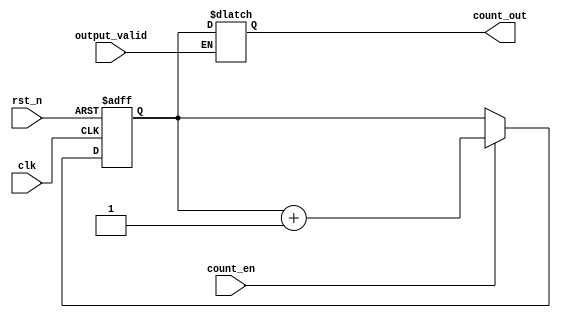
module synchronous_counter #(
    parameter N = 4  // Parameter to define the width of the counter (e.g., 4-bit, 8-bit)
) (
    input wire clk,                // Clock signal
    input wire rst_n,             // Asynchronous active-low reset signal
    input wire count_en,          // Count enable signal
    input wire output_valid,       // Signal to indicate if output is valid
    output reg [N-1:0] count_out  // Output representing the current count value
);

    // Internal register to hold the counter value
    reg [N-1:0] counter;

    // Synchronous process for counting
    always @(posedge clk or negedge rst_n) begin
        if (!rst_n) begin
            // Asynchronous reset: set counter to zero
            counter <= 0;
        end else if (count_en) begin
            // Increment counter if count enable is asserted
            counter <= counter + 1;
        end
    end

    // Output control logic
    always @(*) begin
        // Control output based on output_valid signal
        if (output_valid) begin
            count_out = counter;  // Drive output with current count
        end else begin
            count_out = count_out; // Hold current output (could implement a latch or last valid output)
        end
    end

endmodule